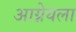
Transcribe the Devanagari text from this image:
आग्नेयला